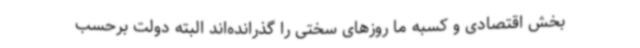
بخش اقتصادی و کسبه ما روزهای سختی را گذرانده‌اند البته دولت برحسب